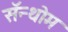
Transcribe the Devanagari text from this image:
सॅन्थोम